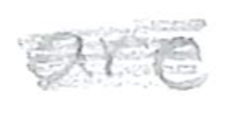
Text: are
Cross-out: scratch
Writing tool: pencil